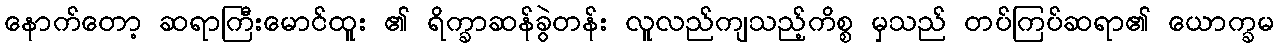
နောက်တော့ ဆရာကြီးမောင်ထူး ၏ ရိက္ခာဆန်ခွဲတန်း လူလည်ကျသည့်ကိစ္စ မှသည် တပ်ကြပ်ဆရာ၏ ယောက္ခမ